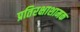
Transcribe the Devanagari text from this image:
प्रतिरक्षाशामक